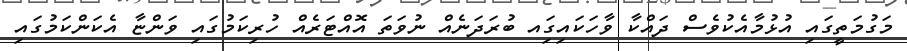
މަގުމަތީގައި އުޅުމާއެކުވެސް ދައްކާ ވާހަކައިގަިއ ބުރަދަނެއް ނުވަތަ އޮއްޓަރެއްް ހުރިކަމުގައި ވަންޏާ އެކަންކަމުގައި